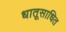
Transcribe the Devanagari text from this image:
धातूसाधित